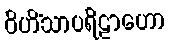
ဝိဟိံသာပရိဠာဟော